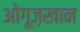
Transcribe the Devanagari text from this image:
ओगूज़खान